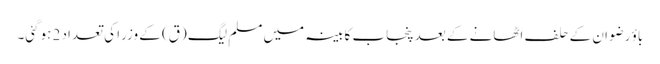
باؤ رضوان کے حلف اٹھانے کے بعد پنجاب کابینہ میں مسلم لیگ (ق) کے وزرا کی تعداد 2 ہوگئی۔